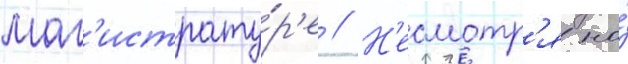
маг'истрату́р'е // Н'есмотр'я на́